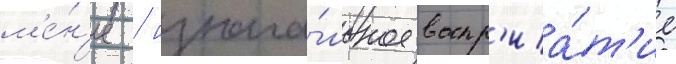
м'е́н'ее / изнача́льное воспр'иа́т'ие